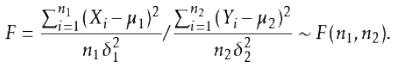
\[
F = \frac{\sum_{i = 1}^{n_1}(X_i - \mu_1)^2 / n_1}{\delta_1^2} \big/ \frac{\sum_{i = 1}^{n_2}(Y_i - \mu_2)^2 / n_2}{\delta_2^2} \sim F(n_1, n_2).
\]